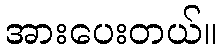
အားပေးတယ်။